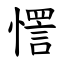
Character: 㦒